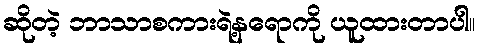
ဆိုတဲ့ ဘာသာစကားရဲ့နရောကို ယူထားတာပါ။